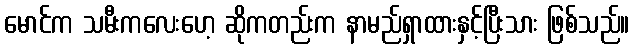
မောင်က သမီးကလေးဟေ့ ဆိုကတည်းက နာမည်ရှာထားနှင့်ပြီးသား ဖြစ်သည်။